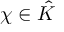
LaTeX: \chi \in { \hat { K } }